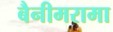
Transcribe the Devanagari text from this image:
बैनीमरामा